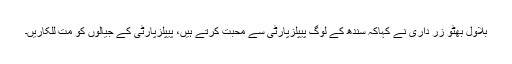
بلاول بھٹو زر داری نے کہاکہ سندھ کے لوگ پیپلزپارٹی سے محبت کرتے ہیں، پیپلزپارٹی کے جیالوں کو مت للکاریں۔